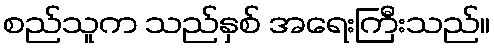
စည်သူက သည်နှစ် အရေးကြီးသည်။